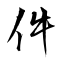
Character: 件